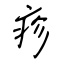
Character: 疹